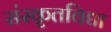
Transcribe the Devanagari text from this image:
संस्कृतविद्या